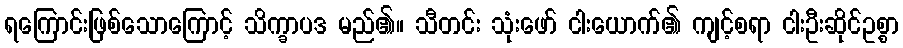
ရကြောင်းဖြစ်သောကြောင့် သိက္ခာပဒ မည်၏။ သီတင်း သုံးဖော် ငါးယောက်၏ ကျင့်စရာ ငါးဦးဆိုင်ဥစ္စာ